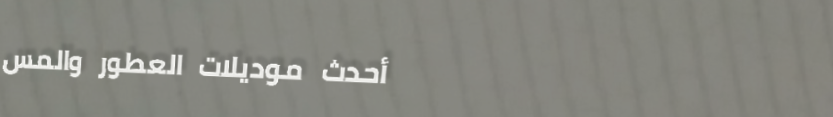
أحدث موديلات العطور والمس